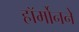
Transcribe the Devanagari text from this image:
हॉर्मोनने